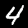
Digit: 4